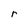
Character: r